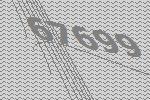
67699